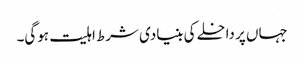
جہاں پر داخلے کی بنیادی شرط اہلیت ہوگی۔